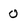
Character: 0